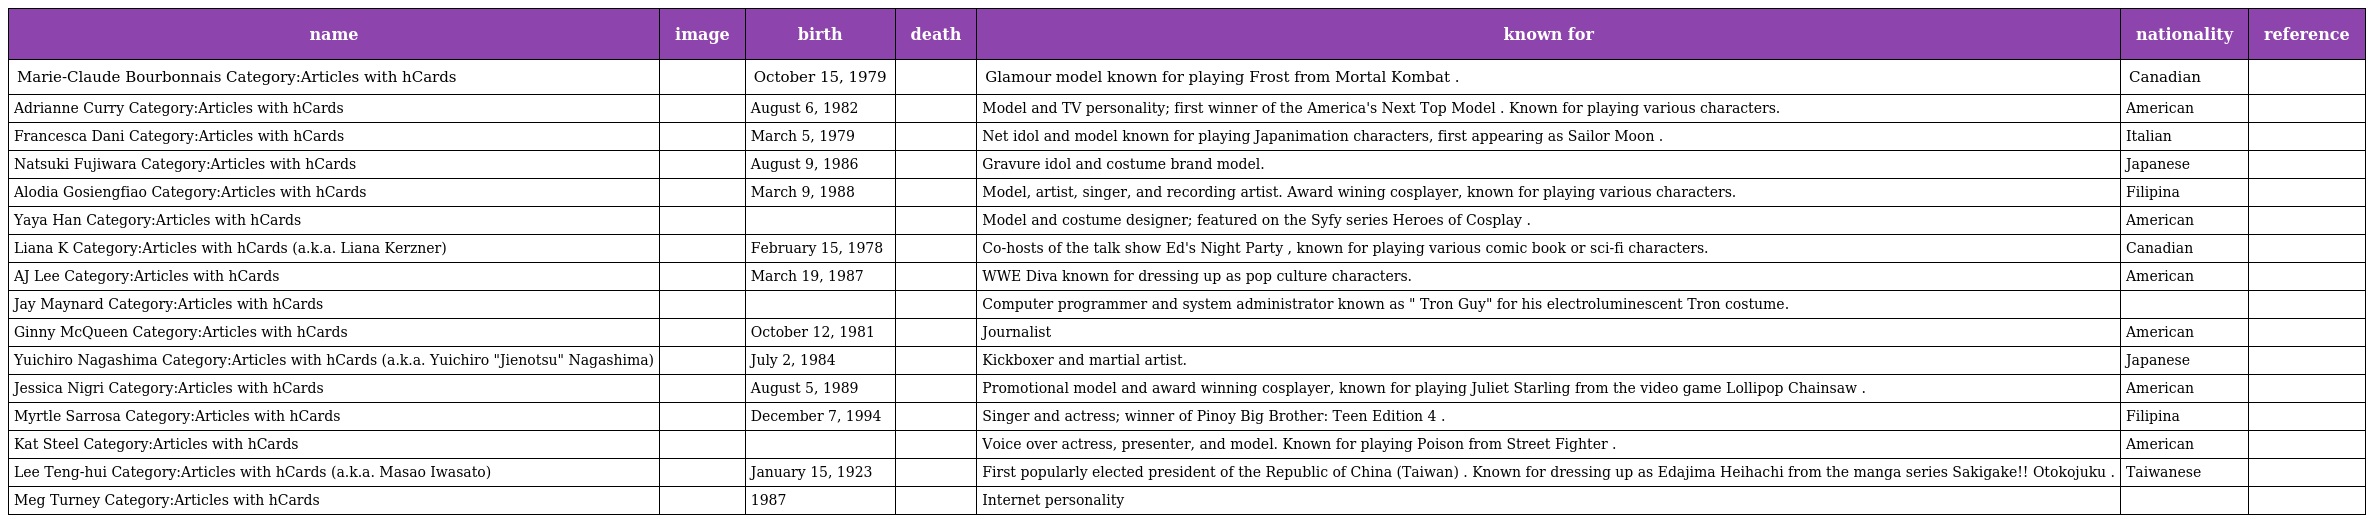
| name | image | birth | death | known for | nationality | reference |
 | --- | --- | --- | --- | --- | --- | --- |
 | Marie-Claude Bourbonnais Category:Articles with hCards |  | October 15, 1979 |  | Glamour model known for playing Frost from Mortal Kombat . | Canadian |  |
 | Adrianne Curry Category:Articles with hCards |  | August 6, 1982 |  | Model and TV personality; first winner of the America's Next Top Model . Known for playing various characters. | American |  |
 | Francesca Dani Category:Articles with hCards |  | March 5, 1979 |  | Net idol and model known for playing Japanimation characters, first appearing as Sailor Moon . | Italian |  |
 | Natsuki Fujiwara Category:Articles with hCards |  | August 9, 1986 |  | Gravure idol and costume brand model. | Japanese |  |
 | Alodia Gosiengfiao Category:Articles with hCards |  | March 9, 1988 |  | Model, artist, singer, and recording artist. Award wining cosplayer, known for playing various characters. | Filipina |  |
 | Yaya Han Category:Articles with hCards |  |  |  | Model and costume designer; featured on the Syfy series Heroes of Cosplay . | American |  |
 | Liana K Category:Articles with hCards (a.k.a. Liana Kerzner) |  | February 15, 1978 |  | Co-hosts of the talk show Ed's Night Party , known for playing various comic book or sci-fi characters. | Canadian |  |
 | AJ Lee Category:Articles with hCards |  | March 19, 1987 |  | WWE Diva known for dressing up as pop culture characters. | American |  |
 | Jay Maynard Category:Articles with hCards |  |  |  | Computer programmer and system administrator known as " Tron Guy" for his electroluminescent Tron costume. |  |  |
 | Ginny McQueen Category:Articles with hCards |  | October 12, 1981 |  | Journalist | American |  |
 | Yuichiro Nagashima Category:Articles with hCards (a.k.a. Yuichiro "Jienotsu" Nagashima) |  | July 2, 1984 |  | Kickboxer and martial artist. | Japanese |  |
 | Jessica Nigri Category:Articles with hCards |  | August 5, 1989 |  | Promotional model and award winning cosplayer, known for playing Juliet Starling from the video game Lollipop Chainsaw . | American |  |
 | Myrtle Sarrosa Category:Articles with hCards |  | December 7, 1994 |  | Singer and actress; winner of Pinoy Big Brother: Teen Edition 4 . | Filipina |  |
 | Kat Steel Category:Articles with hCards |  |  |  | Voice over actress, presenter, and model. Known for playing Poison from Street Fighter . | American |  |
 | Lee Teng-hui Category:Articles with hCards (a.k.a. Masao Iwasato) |  | January 15, 1923 |  | First popularly elected president of the Republic of China (Taiwan) . Known for dressing up as Edajima Heihachi from the manga series Sakigake!! Otokojuku . | Taiwanese |  |
 | Meg Turney Category:Articles with hCards |  | 1987 |  | Internet personality |  |  |